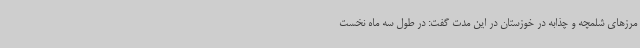
مرزهای شلمچه و چذابه در خوزستان در این مدت گفت: در طول سه ماه نخست